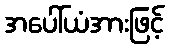
အပေါ်ယံအားဖြင့်